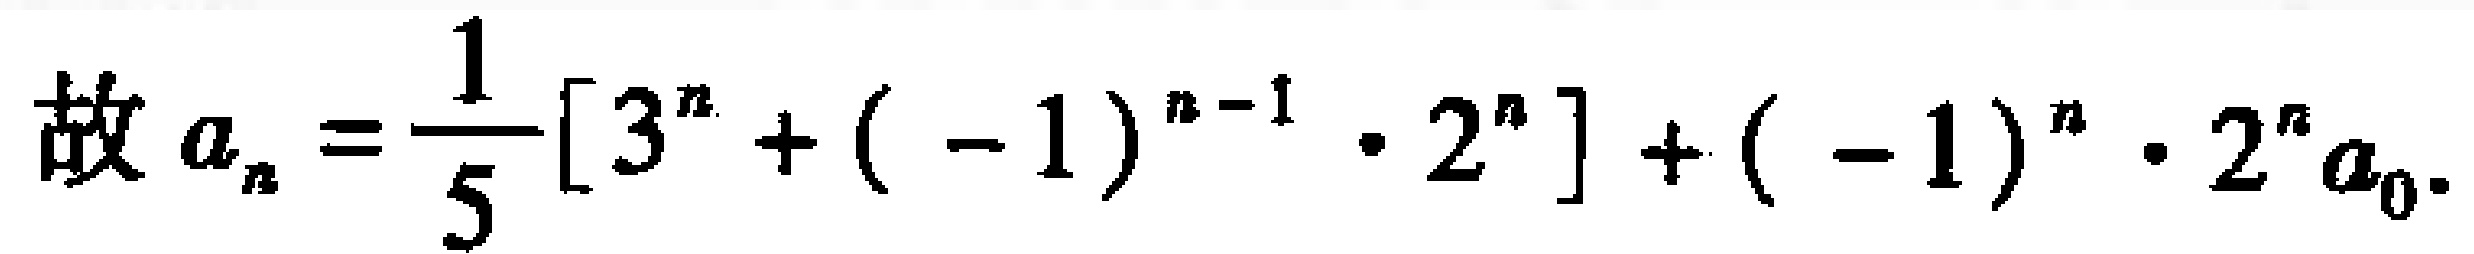
故 \(a_{n}=\frac{1}{5}[3^{n}+(-1)^{n - 1}\cdot2^{n}]+(-1)^{n}\cdot2^{n}a_{0}\)